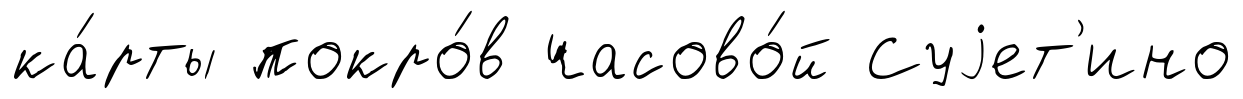
ка́рты покро́в часово́й Суjет'ино